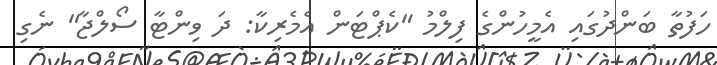
ހަފުތާ ބަންދުގައި އެމީހުންގެ ފިލްމު "ކެޕްޓަން އެމެރިކާ: ދަ ވިންޓާ ސޯލްޖާ" ނެގި